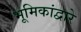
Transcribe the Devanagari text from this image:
भूमिकांद्वारे